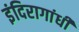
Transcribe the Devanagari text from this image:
इंदिरागांधी